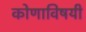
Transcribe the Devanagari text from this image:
कोणाविषयी